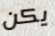
يكن